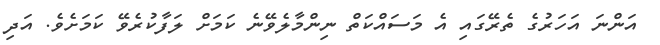
އަންނަ އަހަރުގެ ތެރޭގައި އެ މަސައްކަތް ނިންމާލެވޭނެ ކަމަށް ލަފާކުރެވޭ ކަމަށެވެ. އަދި